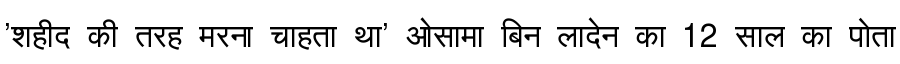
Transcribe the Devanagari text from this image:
'शहीद की तरह मरना चाहता था' ओसामा बिन लादेन का 12 साल का पोता